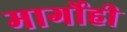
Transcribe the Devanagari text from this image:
मार्गोही